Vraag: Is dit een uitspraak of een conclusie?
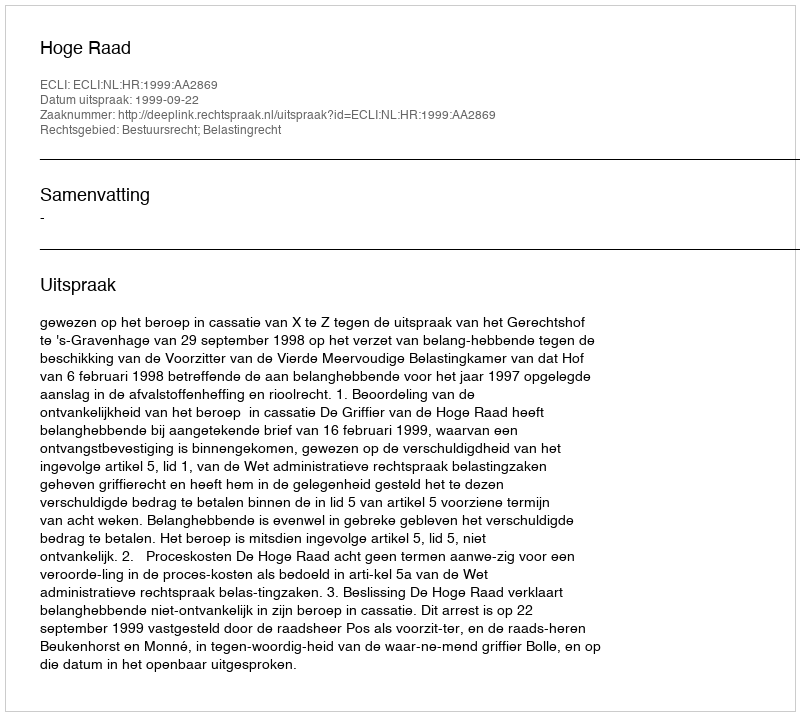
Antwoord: Uitspraak